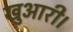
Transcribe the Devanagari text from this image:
खुआरी।